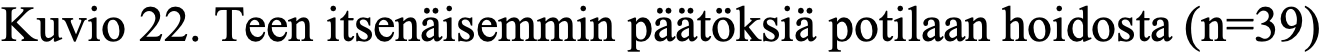
Kuvio 22. Teen itsenäisemmin päätöksiä potilaan hoidosta (n=39)